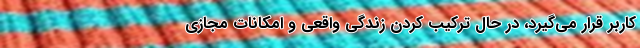
کاربر قرار می‌گیرد، در حال ترکیب کردن زندگی واقعی و امکانات مجازی